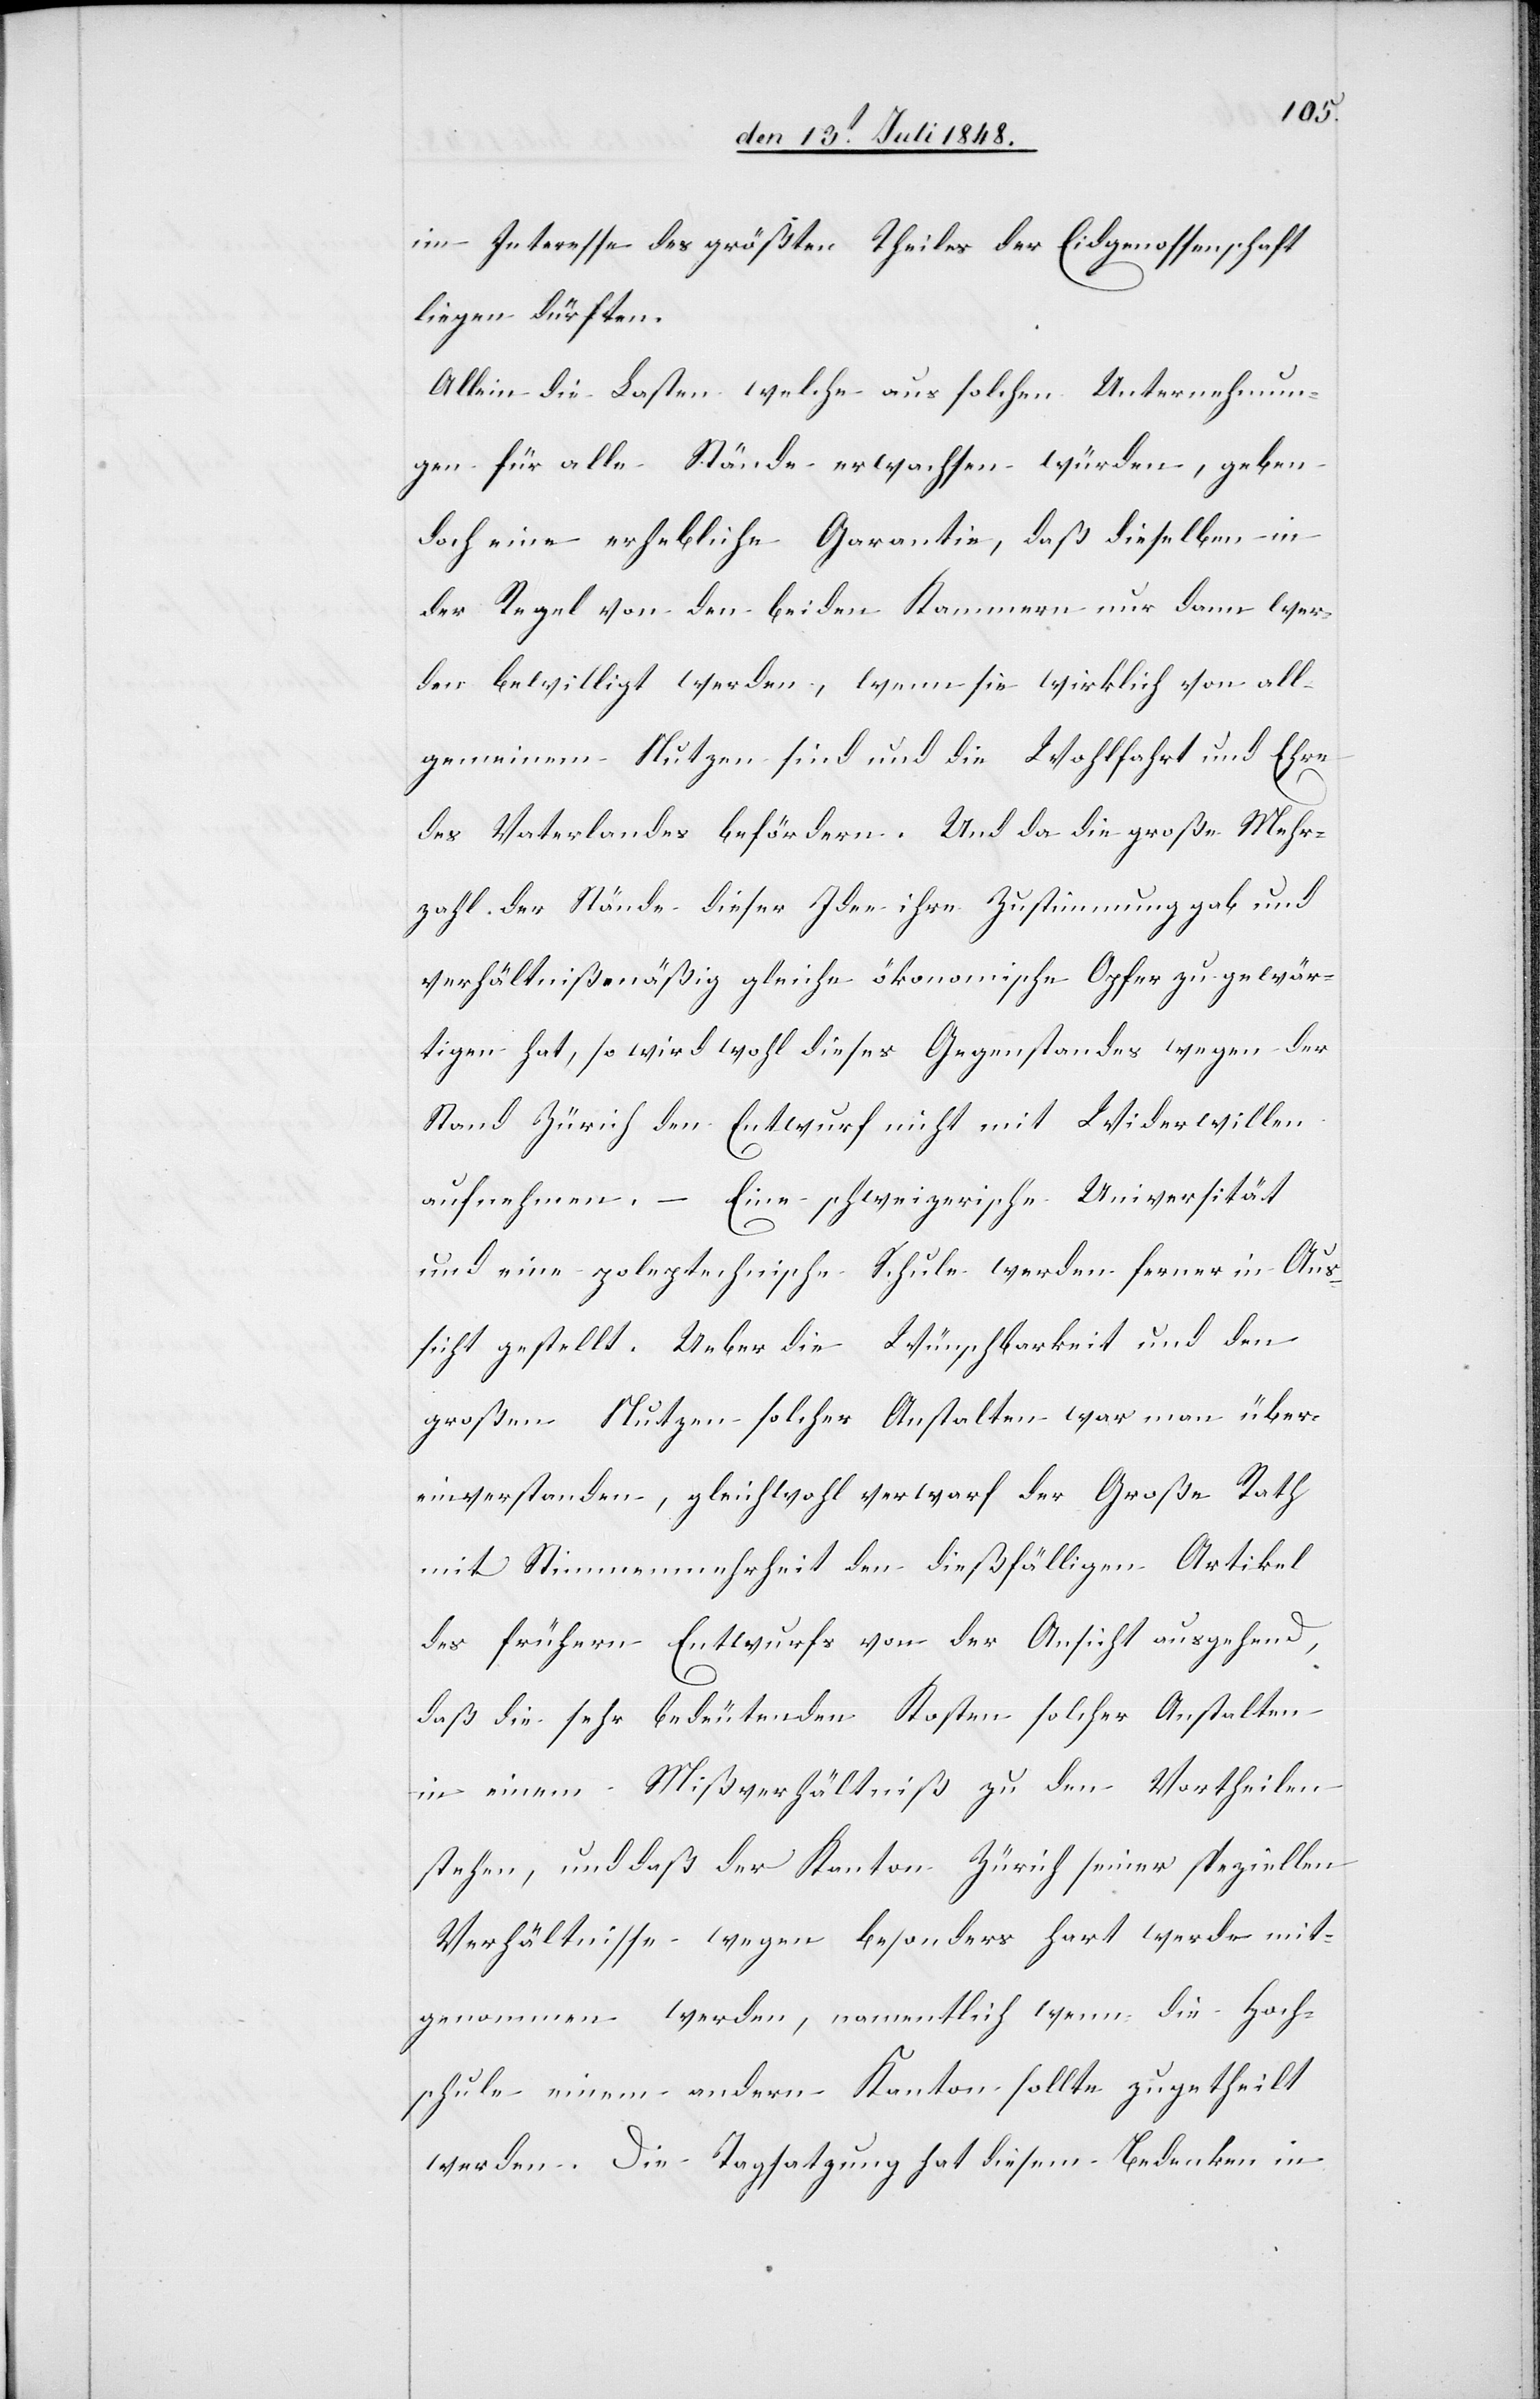
im Interesse des größten Theiles der Eidgenossenschaft
liegen dürften.
Allein die Lasten welche aus solchen Unternehmun¬
gen für alle Stände erwachsen würden, haben
doch eine erhebliche Garantie, daß dieselben in
der Regel von den beiden Kammern nur dann wer¬
den bewilligt werden, wenn sie wirklich von all¬
gemeinem Nutzen sind und die Wohlfahrt und Ehre
des Vaterlandes befördern. Und da die große Mehr¬
zahl der Stände dieser Idee ihre Zustimmung gab und
verhältnismäßig gleiche ökonomische Opfer zu gewär¬
tigen hat, so wird wohl dieses Gegenstandes wegen der
Stand Zürich den Entwurf nicht mit Widerwillen
aufnehmen. Eine schweizerische Universität
und eine poleptechnische [sic!] Schule werden ferner in Aus¬
sicht gestellt. Ueber die Wünschbarkeit und den
großen Nutzen solcher Anstalten war man über¬
einverstanden, gleichwohl verwarf der Große Rath
mit Stimmenmehrheit den dießfälligen Artikel
des frühern Entwurfs von der Ansicht ausgehend,
daß die sehr bedeutenden Kosten solcher Anstalten
in einem Mißverhältniß zu den Vortheilen
stehen, und daß der Kanton Zürich seiner speziellen
Verhältnisse wegen besonders hart werde mit¬
genommen werden, namentlich wenn die Hoch¬
schule einem andern Kanton sollte zugetheilt
werden. Die Tagsatzung hat diesem Bedenken in